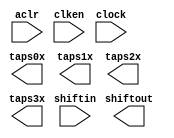
// megafunction wizard: %Shift register (RAM-based)%VBB%
// GENERATION: STANDARD
// VERSION: WM1.0
// MODULE: ALTSHIFT_TAPS 

// ============================================================
// Megafunction Name(s):
// 			ALTSHIFT_TAPS
//
// Simulation Library Files(s):
// 			altera_mf
// ============================================================
// ************************************************************
// THIS IS A WIZARD-GENERATED FILE. DO NOT EDIT THIS FILE!
//
// 16.1.0 Build 196 10/24/2016 SJ Lite Edition
// ************************************************************

//Copyright (C) 2016  Intel Corporation. All rights reserved.
//Your use of Intel Corporation's design tools, logic functions 
//and other software and tools, and its AMPP partner logic 
//functions, and any output files from any of the foregoing 
//(including device programming or simulation files), and any 
//associated documentation or information are expressly subject 
//to the terms and conditions of the Intel Program License 
//Subscription Agreement, the Intel Quartus Prime License Agreement,
//the Intel MegaCore Function License Agreement, or other 
//applicable license agreement, including, without limitation, 
//that your use is for the sole purpose of programming logic 
//devices manufactured by Intel and sold by Intel or its 
//authorized distributors.  Please refer to the applicable 
//agreement for further details.

module line_buffer5x5_8bit (
	aclr,
	clken,
	clock,
	shiftin,
	shiftout,
	taps0x,
	taps1x,
	taps2x,
	taps3x);

	input	  aclr;
	input	  clken;
	input	  clock;
	input	[7:0]  shiftin;
	output	[7:0]  shiftout;
	output	[7:0]  taps0x;
	output	[7:0]  taps1x;
	output	[7:0]  taps2x;
	output	[7:0]  taps3x;
`ifndef ALTERA_RESERVED_QIS
// synopsys translate_off
`endif
	tri1	  aclr;
	tri1	  clken;
`ifndef ALTERA_RESERVED_QIS
// synopsys translate_on
`endif

endmodule

// ============================================================
// CNX file retrieval info
// ============================================================
// Retrieval info: PRIVATE: ACLR NUMERIC "1"
// Retrieval info: PRIVATE: CLKEN NUMERIC "1"
// Retrieval info: PRIVATE: GROUP_TAPS NUMERIC "1"
// Retrieval info: PRIVATE: INTENDED_DEVICE_FAMILY STRING "MAX 10"
// Retrieval info: PRIVATE: NUMBER_OF_TAPS NUMERIC "4"
// Retrieval info: PRIVATE: RAM_BLOCK_TYPE NUMERIC "1"
// Retrieval info: PRIVATE: SYNTH_WRAPPER_GEN_POSTFIX STRING "0"
// Retrieval info: PRIVATE: TAP_DISTANCE NUMERIC "640"
// Retrieval info: PRIVATE: WIDTH NUMERIC "8"
// Retrieval info: LIBRARY: altera_mf altera_mf.altera_mf_components.all
// Retrieval info: CONSTANT: INTENDED_DEVICE_FAMILY STRING "MAX 10"
// Retrieval info: CONSTANT: LPM_HINT STRING "RAM_BLOCK_TYPE=M9K"
// Retrieval info: CONSTANT: LPM_TYPE STRING "altshift_taps"
// Retrieval info: CONSTANT: NUMBER_OF_TAPS NUMERIC "4"
// Retrieval info: CONSTANT: TAP_DISTANCE NUMERIC "640"
// Retrieval info: CONSTANT: WIDTH NUMERIC "8"
// Retrieval info: USED_PORT: aclr 0 0 0 0 INPUT VCC "aclr"
// Retrieval info: USED_PORT: clken 0 0 0 0 INPUT VCC "clken"
// Retrieval info: USED_PORT: clock 0 0 0 0 INPUT NODEFVAL "clock"
// Retrieval info: USED_PORT: shiftin 0 0 8 0 INPUT NODEFVAL "shiftin[7..0]"
// Retrieval info: USED_PORT: shiftout 0 0 8 0 OUTPUT NODEFVAL "shiftout[7..0]"
// Retrieval info: USED_PORT: taps0x 0 0 8 0 OUTPUT NODEFVAL "taps0x[7..0]"
// Retrieval info: USED_PORT: taps1x 0 0 8 0 OUTPUT NODEFVAL "taps1x[7..0]"
// Retrieval info: USED_PORT: taps2x 0 0 8 0 OUTPUT NODEFVAL "taps2x[7..0]"
// Retrieval info: USED_PORT: taps3x 0 0 8 0 OUTPUT NODEFVAL "taps3x[7..0]"
// Retrieval info: CONNECT: @aclr 0 0 0 0 aclr 0 0 0 0
// Retrieval info: CONNECT: @clken 0 0 0 0 clken 0 0 0 0
// Retrieval info: CONNECT: @clock 0 0 0 0 clock 0 0 0 0
// Retrieval info: CONNECT: @shiftin 0 0 8 0 shiftin 0 0 8 0
// Retrieval info: CONNECT: shiftout 0 0 8 0 @shiftout 0 0 8 0
// Retrieval info: CONNECT: taps0x 0 0 8 0 @taps 0 0 8 0
// Retrieval info: CONNECT: taps1x 0 0 8 0 @taps 0 0 8 8
// Retrieval info: CONNECT: taps2x 0 0 8 0 @taps 0 0 8 16
// Retrieval info: CONNECT: taps3x 0 0 8 0 @taps 0 0 8 24
// Retrieval info: GEN_FILE: TYPE_NORMAL line_buffer5x5_8bit.v TRUE
// Retrieval info: GEN_FILE: TYPE_NORMAL line_buffer5x5_8bit.inc FALSE
// Retrieval info: GEN_FILE: TYPE_NORMAL line_buffer5x5_8bit.cmp FALSE
// Retrieval info: GEN_FILE: TYPE_NORMAL line_buffer5x5_8bit.bsf FALSE
// Retrieval info: GEN_FILE: TYPE_NORMAL line_buffer5x5_8bit_inst.v FALSE
// Retrieval info: GEN_FILE: TYPE_NORMAL line_buffer5x5_8bit_bb.v TRUE
// Retrieval info: LIB_FILE: altera_mf